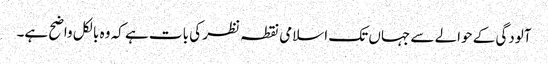
آلودگی کے حوالے سے جہاں تک اسلامی نقطہ نظر کی بات ہے کہ وہ بالکل واضح ہے۔